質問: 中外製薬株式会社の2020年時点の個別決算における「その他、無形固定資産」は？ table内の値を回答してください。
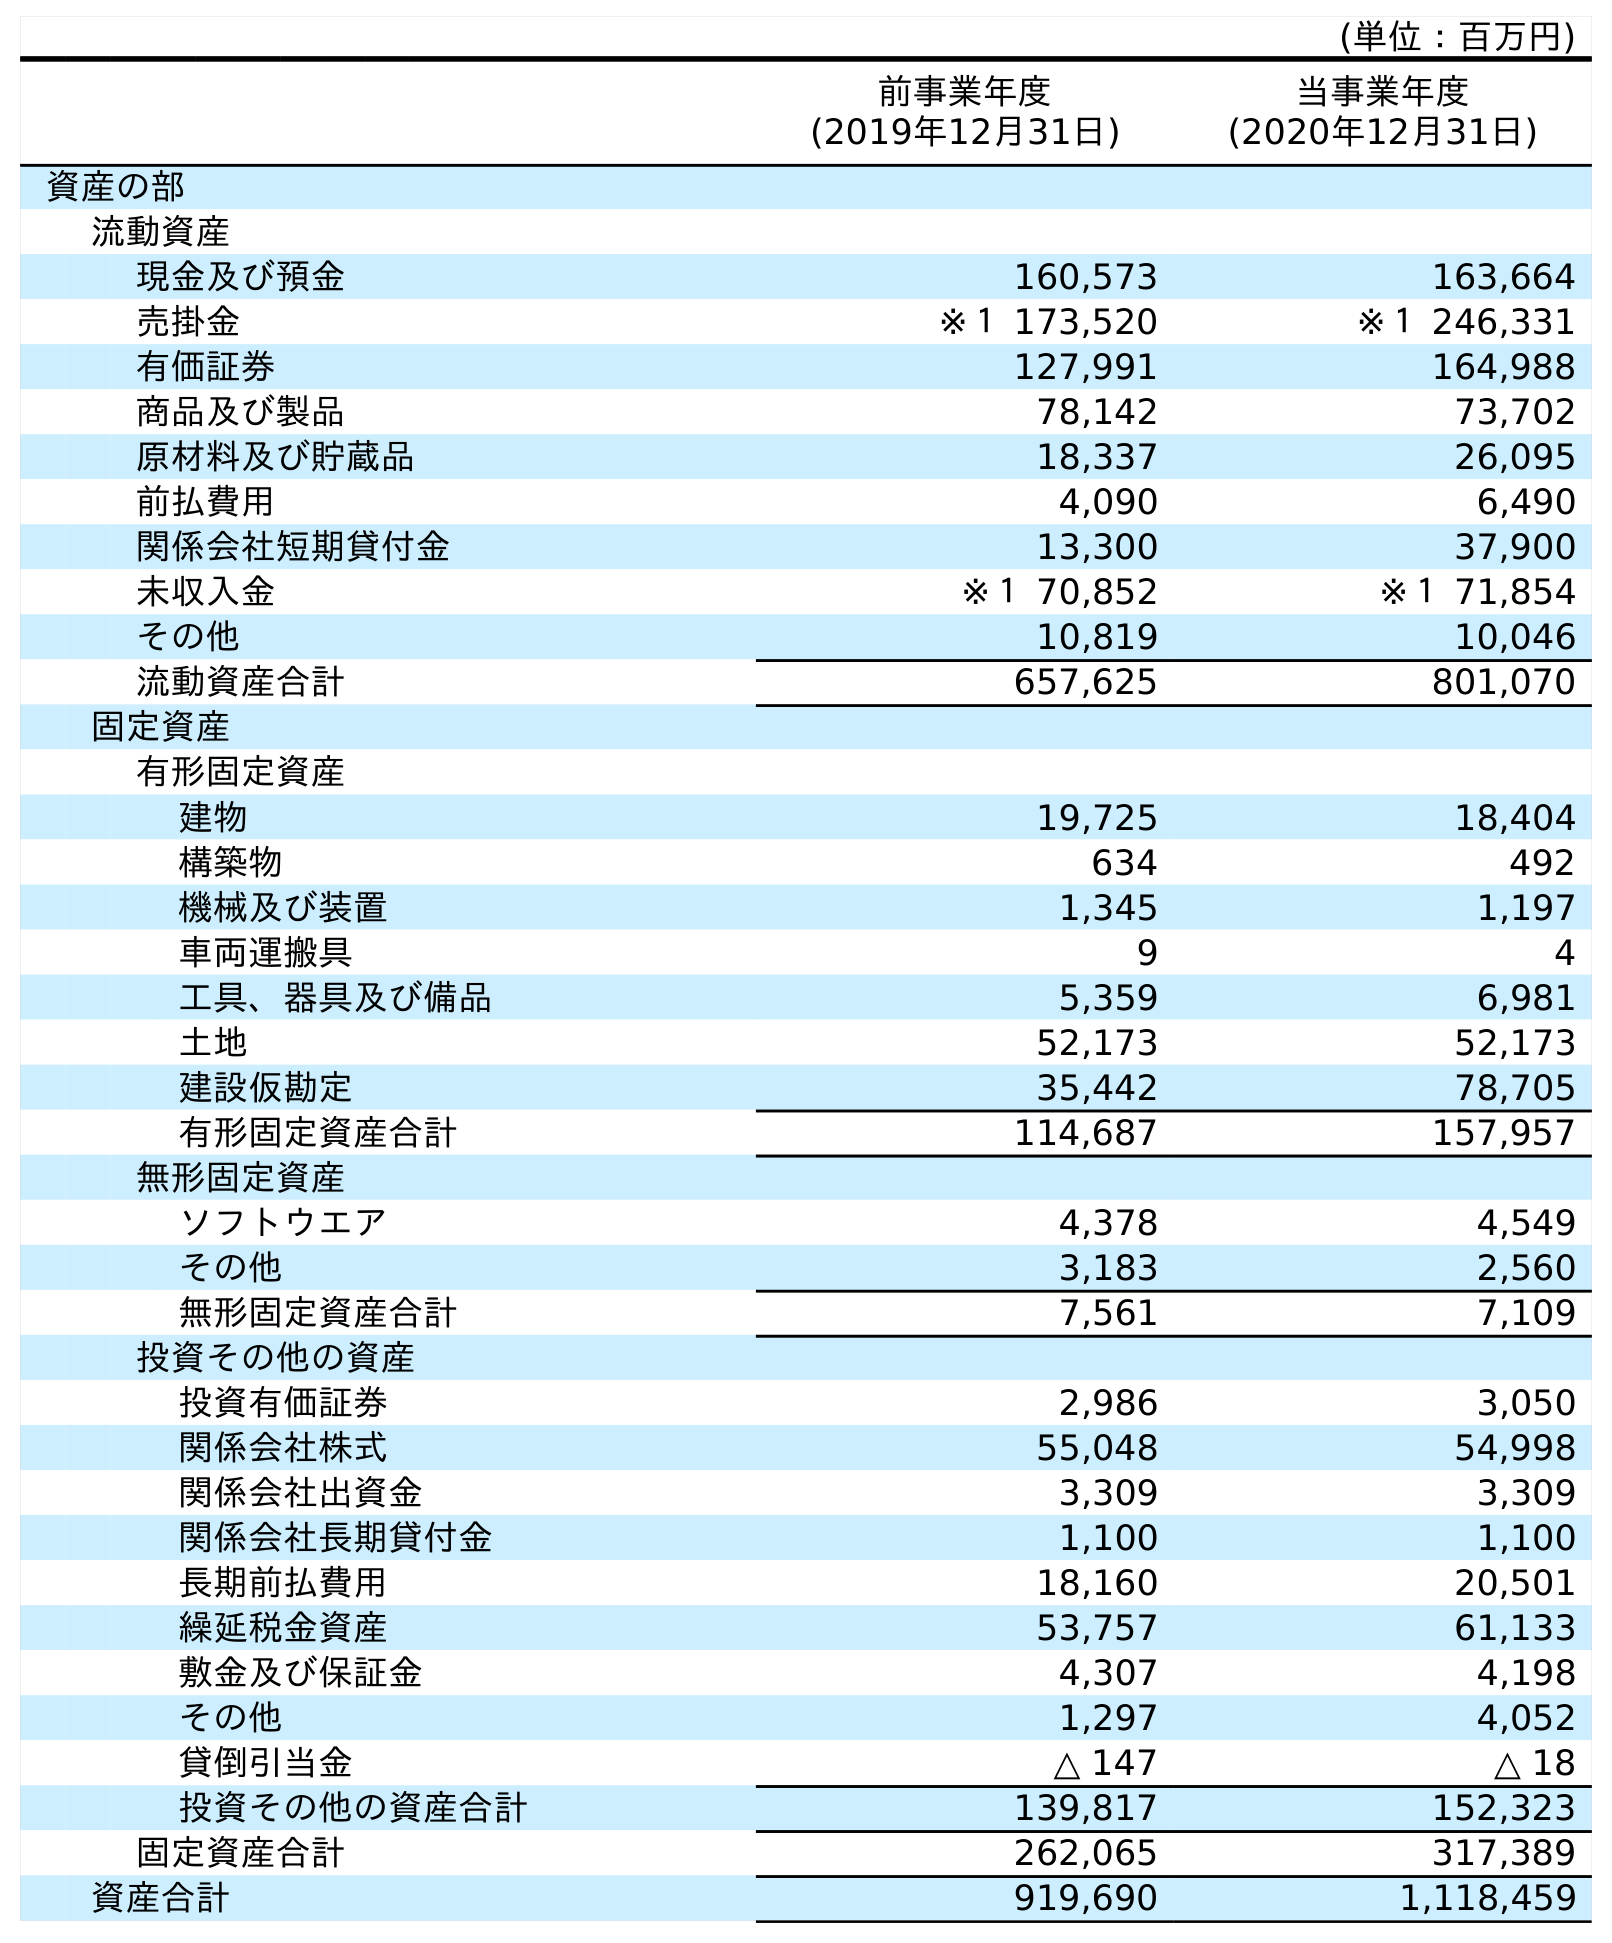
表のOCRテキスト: (単位：百万円) 前事業年度 (2019年12月31日) 当事業年度 (2020年12月31日) 資産の部 流動資産 現金及び預金 160,573 163,664 売掛金 ※１ 173,520 ※１ 246,331 有価証券 127,991 164,988 商品及び製品 78,142 73,702 原材料及び貯蔵品 18,337 26,095 前払費用 4,090 6,490 関係会社短期貸付金 13,300 37,900 未収入金 ※１ 70,852 ※１ 71,854 その他 10,819 10,046 流動資産合計 657,625 801,070 固定資産 有形固定資産 建物 19,725 18,404 構築物 634 492 機械及び装置 1,345 1,197 車両運搬具 9 4 工具、器具及び備品 5,359 6,981 土地 52,173 52,173 建設仮勘定 35,442 78,705 有形固定資産合計 114,687 157,957 無形固定資産 ソフトウエア 4,378 4,549 その他 3,183 2,560 無形固定資産合計 7,561 7,109 投資その他の資産 投資有価証券 2,986 3,050 関係会社株式 55,048 54,998 関係会社出資金 3,309 3,309 関係会社長期貸付金 1,100 1,100 長期前払費用 18,160 20,501 繰延税金資産 53,757 61,133 敷金及び保証金 4,307 4,198 その他 1,297 4,052 貸倒引当金 △ 147 △ 18 投資その他の資産合計 139,817 152,323 固定資産合計 262,065 317,389 資産合計 919,690 1,118,459
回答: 2,560